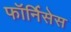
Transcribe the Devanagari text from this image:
फॉर्निसेस